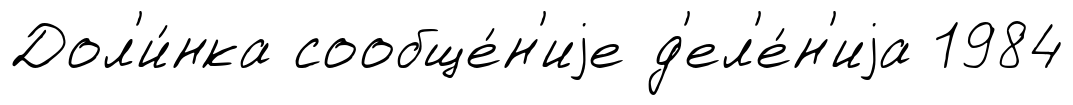
Дол'и́нка сообще́н'иjе д'ел'е́н'иjа 1984